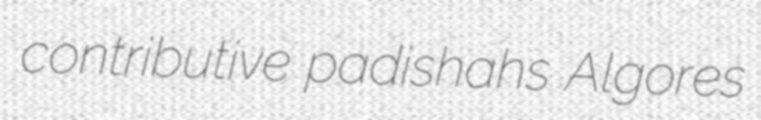
contributive padishahs Algores